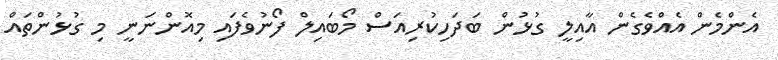
އެންމެން އެއްވެގެން އާއިލީ ގުޅުން ބަދަހިކުރިއަސް މޯބައިލް ފޯނުވެފައި މިއޮންނަނީ މި ގުޅުންތައް